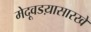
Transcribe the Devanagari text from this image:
मेदूवडय़ासारखे